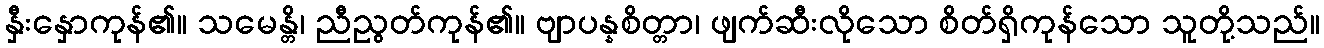
နှီးနှောကုန်၏။ သမေန္တိ၊ ညီညွတ်ကုန်၏။ ဗျာပန္နစိတ္တာ၊ ဖျက်ဆီးလိုသော စိတ်ရှိကုန်သော သူတို့သည်။